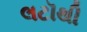
લટૉથી